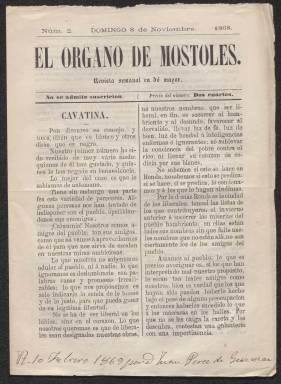
Título: El Órgano de Móstoles
Colección: Revistas de información general
Ámbito geográfico: Málaga
Lugar de publicación: Ronda, Málaga
Fechas: 08/11/1868-08/11/1868